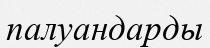
палуандарды